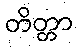
တိတ္တာ